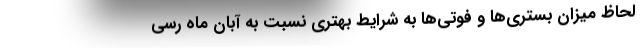
لحاظ میزان بستری‌ها و فوتی‌ها به شرایط بهتری نسبت به آبان ماه رسی